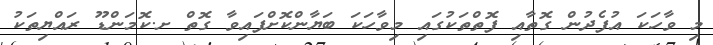
މި ވާހަކަ އުފެދުން ގޮތާއި ފޮތްތަކުގައި މިވާހަކަ ބަޔާންކޮށްފައިވާ ގޮތް ށ.ކޮމަންޑޫ ރައްޔިތަކު